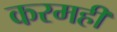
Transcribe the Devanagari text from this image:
करमहीं